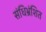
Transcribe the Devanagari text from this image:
संधिभ्रंशित